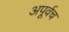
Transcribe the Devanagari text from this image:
अपूर्वच